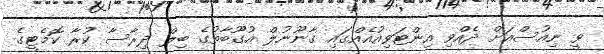
ވީ ނިއުސްއަށް ދެއްވި އިންޓަވިއުއެއްގައި ގާނޫނުލް އުގޫބާތުގެ ބިލް ދިރާސާ ކުރާ ކޮމެޓީގެ